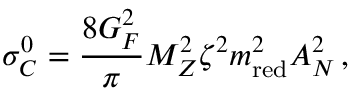
\sigma _ { C } ^ { 0 } = \frac { 8 G _ { F } ^ { 2 } } { \pi } M _ { Z } ^ { 2 } \zeta ^ { 2 } m _ { \mathrm { r e d } } ^ { 2 } A _ { N } ^ { 2 } \, ,